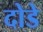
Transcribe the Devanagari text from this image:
दोडे